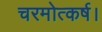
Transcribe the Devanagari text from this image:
चरमोत्कर्ष।